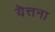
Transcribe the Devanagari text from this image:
यॆत्तना